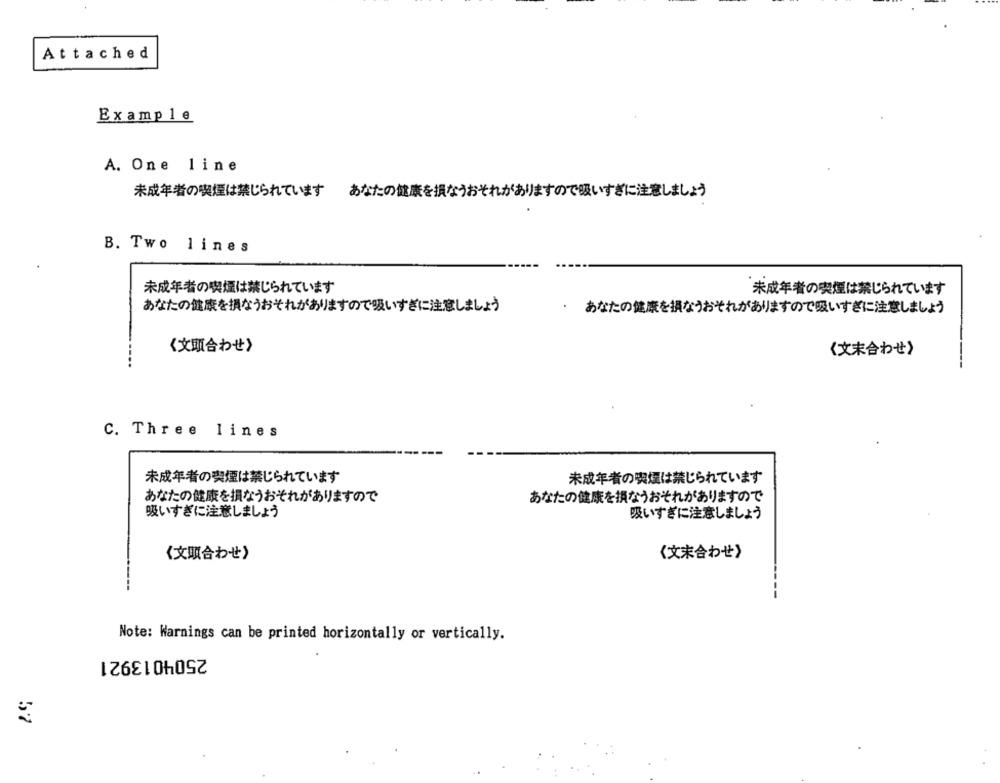
Attached
Example
A. One line
未成年者の喫煙は禁じられています
あなたの健康を損なうおそれがありますので吸いすぎに注意しましょう
B. Two lines
未成年者の喫煙は禁じられています
未成年者の喫煙は禁じられています
あなたの健康を損なうおそれがありますので吸いすぎに注意しましょう
·
あなたの健康を損なうおそれがありますので吸いすぎに注意しましょう
《文問合わせ》
《文末合わせ》
C. Three lines
未成年者の喫煙は禁じられています
未成年者の喫煙は禁じられています
あなたの健康を損なうおそれがありますので
あなたの健康を損なうおそれがありますので
吸いすぎに注意しましょう
吸いすぎに注意しましょう
《文联合わせ》
《文末合わせ》
Note: Warnings can be printed horizontally or vertically.
2504013921
57